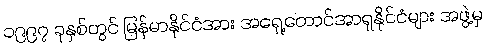
၁၉၉၇ ခုနှစ်တွင် မြန်မာနိုင်ငံအား အရှေ့တောင်အာရှနိုင်ငံများ အဖွဲ့မှ